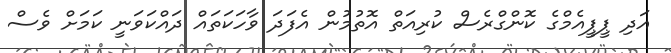
އަދި ޕީޕީއެމްގެ ކޮންގްރެސް ކުރިއަތް އޮތުމުން އެފަދަ ވާހަކަތައް ދައްކަވަނީ ކަމަށް ވެސް